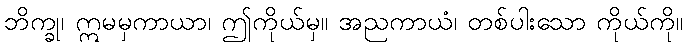
ဘိက္ခု၊ ဣမမှကာယာ၊ ဤကိုယ်မှ။ အညကာယံ၊ တစ်ပါးသော ကိုယ်ကို။